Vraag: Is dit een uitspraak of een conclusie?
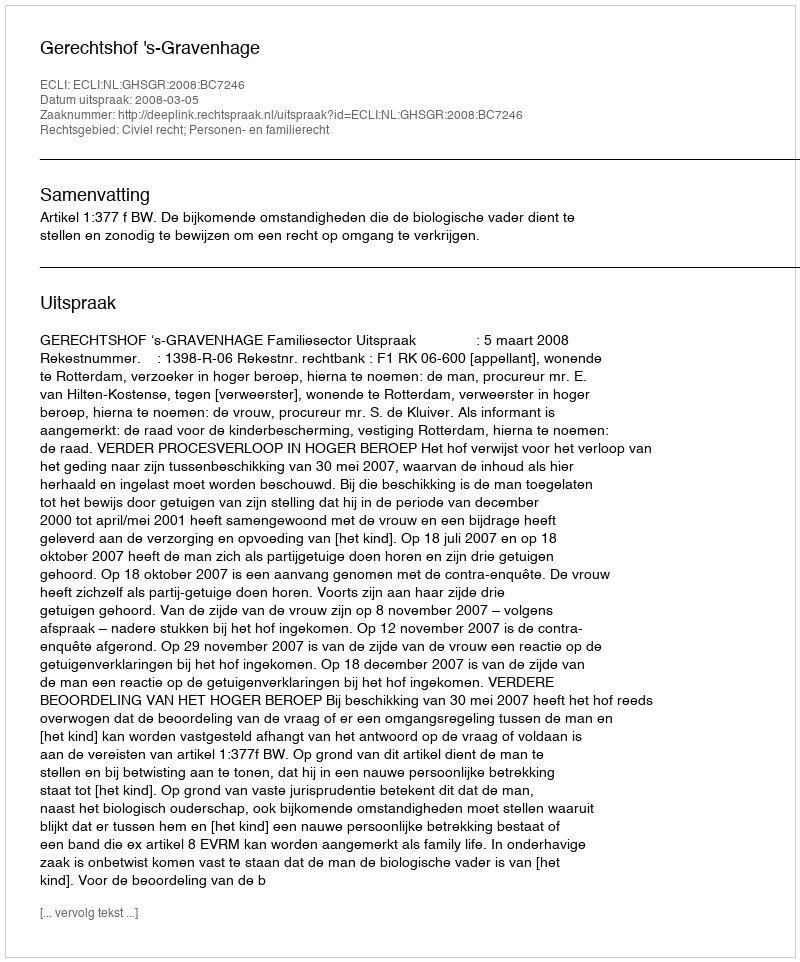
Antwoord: Uitspraak